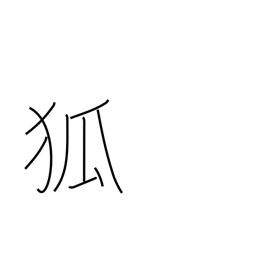
Meaning: fox